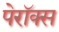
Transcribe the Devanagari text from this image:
पेरॉक्स